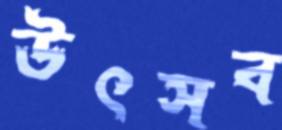
উৎসব